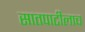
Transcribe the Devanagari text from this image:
सातपाटीलाच